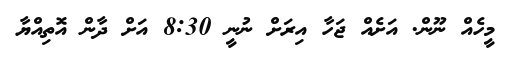
މީހެއް ނޫން. އަށެއް ޖަހާ އިރަށް ނުނީ 8:30 އަށް ދާން އޮތިއްޔާ